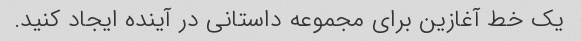
یک خط آغازین برای مجموعه داستانی در آینده ایجاد کنید.